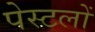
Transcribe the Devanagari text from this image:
पेस्टलों